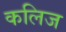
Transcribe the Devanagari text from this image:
कलिज